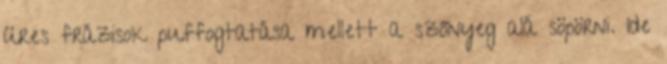
üres frázisok puffogtatása mellett a szőnyeg alá söpörni. Ide